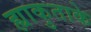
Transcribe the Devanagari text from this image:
ह्याकुताके